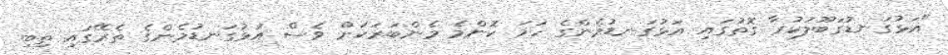
"އަޅުގަނޑުގަބޫލުކުރާ ގޮތުގައި އަޅުގަނޑުމެންގެ ހަމަ ކޮންމެ މެންބަރަކަށް ވެސް އަޅުގަނޑުމެންގެ ތެރޭގައި ތިބި